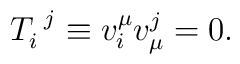
T^{~j}_i \equiv v^{\mu}_i v^j_{\mu} = 0.